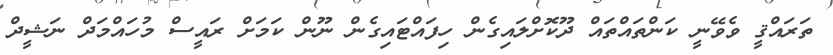
ތަރައްޤީ ވެވޭނީ ކަންތައްތައް ދޫކޮށްލައިގެން ހިފައްޓައިގެން ނޫން ކަމަށް ރައީސް މުހައްމަދް ނަޝީދް